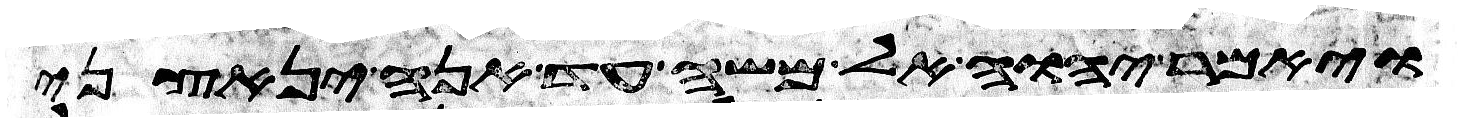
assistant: ויאמר יהוה אל משה עד אנה ינאצני